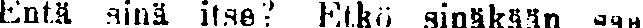
Entä aina itse? Etkö sinäkään saa